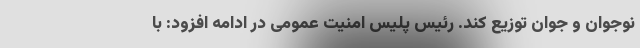
نوجوان و جوان توزیع کند. رئیس پلیس امنیت عمومی در ادامه افزود: با